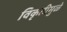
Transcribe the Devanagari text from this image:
विकृतीमुळे